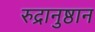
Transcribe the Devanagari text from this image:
रुद्रानुष्ठान